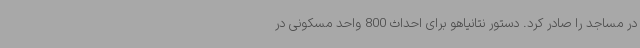
در مساجد را صادر کرد. دستور نتانیاهو برای احداث 800 واحد مسکونی در